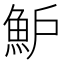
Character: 魲